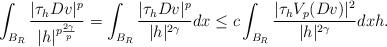
LaTeX: \begin{align*} \int_{B_R} \dfrac{|\tau_h Dv|^p}{|h|^{p \frac{2 \gamma}{p}}} = \int_{B_R} \dfrac{|\tau_h Dv|^p}{|h|^{2 \gamma}} dx \le c \int_{B_R} \dfrac{|\tau_h V_p(Dv)|^2}{|h|^{2 \gamma}} dx h.\end{align*}